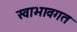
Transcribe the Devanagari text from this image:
स्वाभावगत